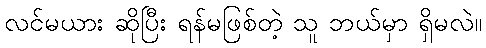
လင်မယား ဆိုပြီး ရန်မဖြစ်တဲ့ သူ ဘယ်မှာ ရှိမလဲ။